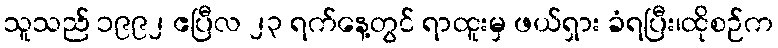
သူသည် ၁၉၉၂ ဧပြီလ ၂၃ ရက်နေ့တွင် ရာထူးမှ ဖယ်ရှား ခံရပြီး၊ထိုစဉ်က